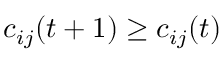
c _ { i j } ( t + 1 ) \geq c _ { i j } ( t )